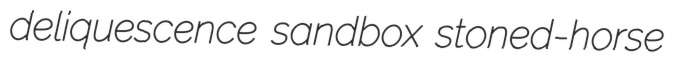
deliquescence sandbox stoned-horse